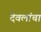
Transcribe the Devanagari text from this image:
देवलांचा